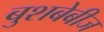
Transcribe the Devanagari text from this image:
बुशबेबीज